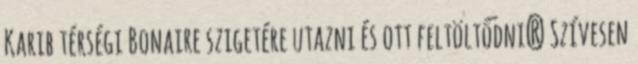
Karib térségi Bonaire szigetére utazni és ott feltöltődni? Szívesen